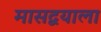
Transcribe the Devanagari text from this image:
मासद्वयाला